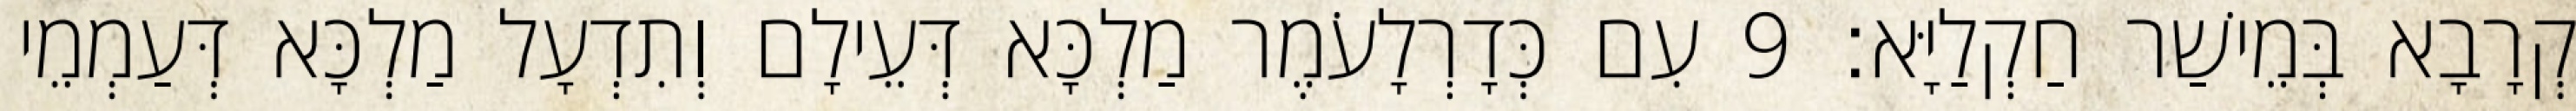
קְרָבָא בְּמֵישַׁר חַקְלַיָּא׃ 9 עִם כְּדָרְלָעֹמֶר מַלְכָּא דְּעֵילָם וְתִדְעָל מַלְכָּא דְּעַמְמֵי